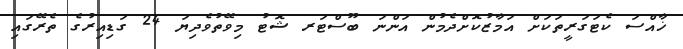
ޚާއްސަ ކެޓަގަރީތަކަށް އަމާޒުކޮށްދެމުން އަންނަ ބޫސްޓަރ ޝޮޓު މިވޭތުވެދިޔަ 24 ގަޑިއިރުގެ ތެރޭގައި